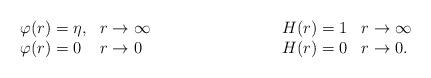
LaTeX: \begin{align*}\begin{array}{ll} \varphi(r) = \eta , & r \rightarrow\infty \\ \varphi(r) =0 & r \rightarrow 0 \end{array} \hspace{3 true cm}\begin{array}{ll} H(r) = 1 & r \rightarrow \infty \\ H(r) =0 & r\rightarrow 0. \end{array} \end{align*}